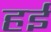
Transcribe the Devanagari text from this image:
हईं